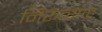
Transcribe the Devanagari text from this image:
निरूत्साह